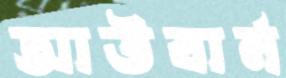
আউবার্ন